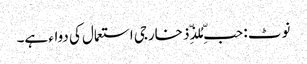
نوٹ : حبِّ مُلذِّذ خارجی استعمال کی دواء ہے۔